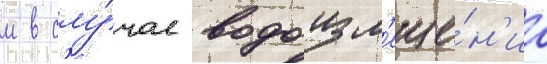
м в слу́чае водоизм'еще́н'иа